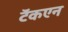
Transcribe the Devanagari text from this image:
टॅकएन